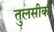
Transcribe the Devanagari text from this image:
तुलसीका